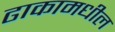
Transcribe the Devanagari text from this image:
ढाकामधील